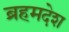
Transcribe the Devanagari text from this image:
ब्रहमदेश